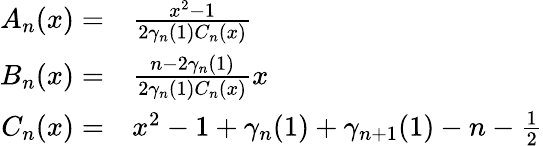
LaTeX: \begin{array}{rl}{A_{n}(x)=}&{\frac{x^{2}-1}{2\gamma_{n}(1)C_{n}(x)}}\\ {B_{n}(x)=}&{\frac{n-2\gamma_{n}(1)}{2\gamma_{n}(1)C_{n}(x)}x}\\ {C_{n}(x)=}&{x^{2}-1+\gamma_{n}(1)+\gamma_{n+1}(1)-n-\frac{1}{2}}\end{array}